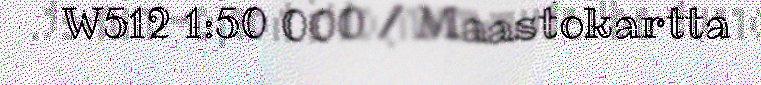
W512 1:50 000 / Maastokartta